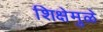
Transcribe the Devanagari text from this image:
शिक्षेमुळे